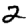
Digit: 2